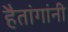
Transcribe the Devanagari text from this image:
हैतांगांनी